Annual report on the working of the mental hospitals in the Madras Presidency - 1912-1932
Year: 1912
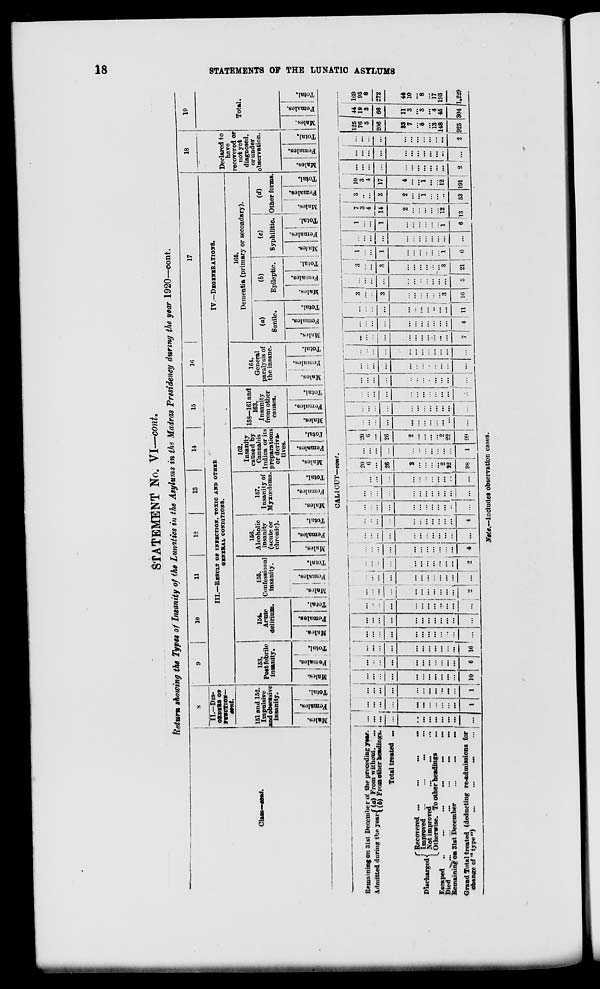
18
STATEMENTS OF THE LUNATIC ASYLUMS
STATEMENT No. VI—cont.
Return showing the Types of Insanity of the Lunatics in the Asylums in the Madras Presidency during the year 1920—cont.
Class—cont.
8
II.—DIS-
ORDER OF
FUNCTION—
cont.
151 and 152.
Impulsive
and obsessive
insanity.
Males.
Females.
Total.
9
10
11
12
13
14
15
III.—RESULT OF INFECTION TOXIC AND OTHER
GENERAL CONDITIONS.
153.
Post febrile
insanity.
Males.
Females.
Total.
154.
Acute
delirium.
Males.
Females.
Total.
155.
Confessional
insanity.
Males.
Females.
Total.
156.
Alcoholic
insanity
(acute or
chronic).
Males.
Females.
Total.
157.
Insanity of
Myxœdema.
Males.
Females.
Total.
162.
Insanity
caused by
Cannabis
Indica or its
preparations
or deriva-
tives.
Males.
Females.
Total.
158—161 and
163.
Insanity
from other
causes.
Males.
Females.
Total.
16
17
IV.—DEGENERATIONS.
164.
General
paralysis of
the insane.
Males.
Females.
Total.
165.
Dementia (primary or secondary).
(a)
Senile.
Males.
Females.
Total.
(b)
Epileptic.
Males.
Females.
Total.
(c)
Syphilitic.
Males.
Females.
Total.
(d)
Other forms.
Males.
Females.
Total.
18
Declared to
have
recovered or
not yet
diagnosed,
or under
observation.
Males.
Females.
Total.
19
Total.
Males.
Females.
Total.
CALICUT—cont.
Remaining on 31st December of the preceding year.
Admitted during the year
(a)From without. ...
(b) From other headings.
Total treated
...
Discharged
Recovered ... ... ... ...
Improved
...
...
...
...
Not improved ... ... ...
Otherwise. To other headings ...
Escaped
...
...
...
...
...
...
Died
...
...
...
...
...
...
Remaining from 31st December
...
...
...
Grand Total treated (deducting re-admissions for
change of "type")
...
...
...
...
...
...
...
...
...
...
...
...
...
...
...
...
...
...
...
...
...
...
...
...
...
...
...
1
...
...
... ...
...
...
...
...
...
...
...
1
...
...
...
...
...
...
...
...
...
...
...
10
...
...
...
...
...
...
...
...
...
...
...
6
...
...
...
...
...
...
...
...
...
...
...
16
...
...
...
...
...
...
...
...
...
...
...
...
...
...
...
...
...
...
...
...
...
...
...
...
...
...
...
...
...
...
...
...
...
...
...
...
...
...
...
...
...
...
...
...
...
...
...
2
...
...
...
...
...
...
...
...
...
...
...
...
...
...
...
...
...
...
...
...
...
...
...
2
...
...
...
...
...
...
...
...
...
...
...
4
...
...
...
...
...
...
...
...
...
...
...
...
...
... ...
...
...
...
...
...
...
...
...
4
...
...
...
...
...
...
...
...
...
...
...
...
...
... ...
...
...
...
...
...
...
...
...
...
...
...
...
...
...
...
...
...
...
...
...
...
20
6
...
26
2
...
...
...
...
2
22
98
...
...
...
...
...
...
...
...
...
... ...
1
20
6
...
26
2
...
...
...
...
2
22
99
...
...
...
...
...
...
...
...
...
...
...
...
...
...
...
...
...
...
...
...
...
...
...
...
...
...
...
...
...
...
...
...
...
...
...
...
...
...
...
...
...
...
...
...
...
...
...
...
...
...
...
...
...
...
...
...
...
...
...
...
...
...
...
...
...
...
...
...
...
...
...
...
...
...
...
...
...
...
...
...
...
...
...
7
...
...
...
...
...
...
...
...
...
...
...
4
...
...
...
...
...
...
... ...
...
...
...
11
3
...
...
3
...
...
...
...
...
...
3
16
...
...
...
...
...
...
...
...
...
...
...
5
3
...
...
3
...
...
...
...
...
...
3
21
1
...
...
1
...
...
...
...
...
...
1
6
...
...
...
...
...
...
...
...
...
...
...
...
1
...
...
1
...
...
...
...
...
...
1
6
7
3
4
14
2
...
...
...
...
...
12
138
3
...
...
3
2
...
...
1
...
... ...
53
10
3
4
17
4
...
...
1
...
...
12
191
...
... ...
...
...
...
...
...
...
...
...
2
...
...
...
...
...
...
...
...
...
...
...
...
...
...
...
...
...
...
...
...
...
...
...
2
125
76
5
206
33
7
...
5
...
13
148
925
44
19
3
66
11
3
...
3
...
4
45
304
169
95
8
272
44
10
...
8
...
17
193
1,229
Note.— Includes observation cases.